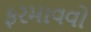
ફરમાવવો